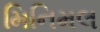
મિનિમલ